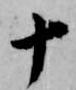
十